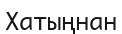
Хатыңнан